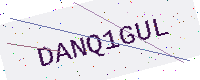
Text: DANQ1GUL